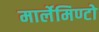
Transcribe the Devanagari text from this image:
मार्लेमिण्टो